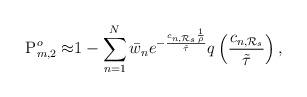
LaTeX: \begin{align*}\mathrm{P}^o_{m,2} \approx& 1- \sum^{N}_{n=1}\bar{w}_ne^{-\frac{c_{n,\mathcal{R}_s}\frac{1}{\rho}}{\tilde{\tau}}} q\left(\frac{c_{n,\mathcal{R}_s} }{\tilde{\tau}}\right) , \end{align*}